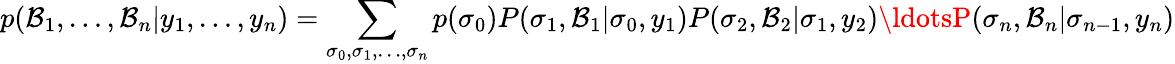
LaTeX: p(\mathcal{B}_{1},\ldots,\mathcal{B}_{n}|y_{1},\ldots,y_{n})=\sum_{\sigma_{0},\sigma_{1},\ldots,\sigma_{n}}p(\sigma_{0})P(\sigma_{1},\mathcal{B}_{1}|\sigma_{0},y_{1})P(\sigma_{2},\mathcal{B}_{2}|\sigma_{1},y_{2})\ldotsP(\sigma_{n},\mathcal{B}_{n}|\sigma_{n-1},y_{n})